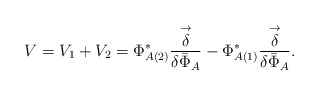
\begin{align*}V = V_{1} + V_{2} = \Phi^{*}_{A(2)}\frac{\stackrel{\rightarrow}{\delta}}{\delta{\bar{\Phi}}_{A}}- \Phi^{*}_{A(1)} \frac{\stackrel{\rightarrow}{\delta}}{\delta{\bar{\Phi}}_{A}} .\end{align*}